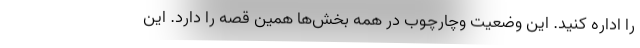
را اداره کنید. این وضعیت وچارچوب در همه بخش‌ها همین قصه را دارد. این